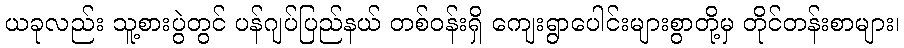
ယခုလည်း သူ့စားပွဲတွင် ပန်ဂျပ်ပြည်နယ် တစ်ဝန်းရှိ ကျေးရွာပေါင်းများစွာတို့မှ တိုင်တန်းစာများ၊